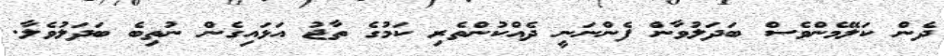
ދެން ކަލޭމެންވެސް ބަދަލުވާން ފެންނަނީ ދެއްކުންތެރި ކަމުގެ ތާޖު އަޅައިގެން ނުތިބެ ބަދަލުވެލާ.